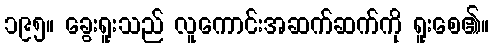
၁၉၅။ ခွေးရူးသည် လူကောင်းအဆက်ဆက်ကို ရူးစေ၏။